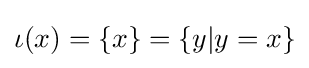
\iota (x)=\{x\}=\{y|y=x\}